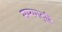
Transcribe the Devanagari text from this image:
सम्यगदृष्टि